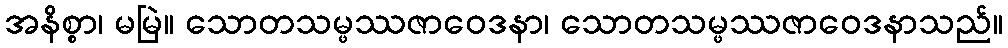
အနိစ္စာ၊ မမြဲ။ သောတသမ္ဖဿဇာဝေဒနာ၊ သောတသမ္ဖဿဇာဝေဒနာသည်။